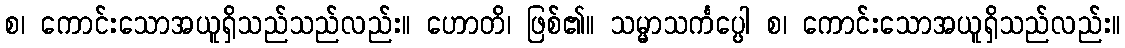
စ၊ ကောင်းသောအယူရှိသည်သည်လည်း။ ဟောတိ၊ ဖြစ်၏။ သမ္မာသင်္ကပ္ပေါ စ၊ ကောင်းသောအယူရှိသည်လည်း။